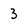
Character: 3